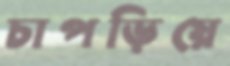
চাপড়িয়ে